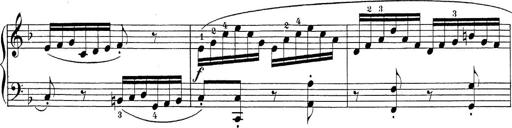
Title: Sonatina Album
Composer: Louis KÃ¶hler